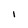
Character: i